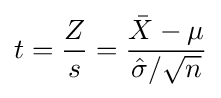
t={\frac {Z}{s}}={\frac {{\bar {X}}-\mu }{{\hat {\sigma }}/{\sqrt {n}}}}